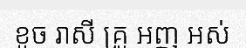
ខូច រាសី គ្រូ អញ អស់